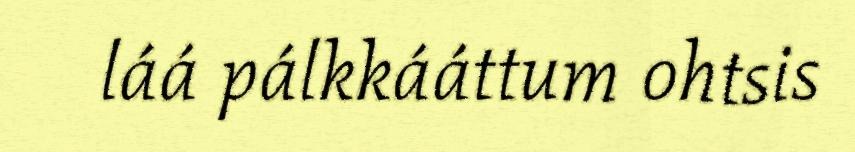
láá pálkkááttum ohtsis